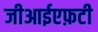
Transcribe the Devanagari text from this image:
जीआईएफ़टी